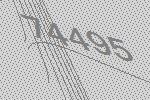
74495